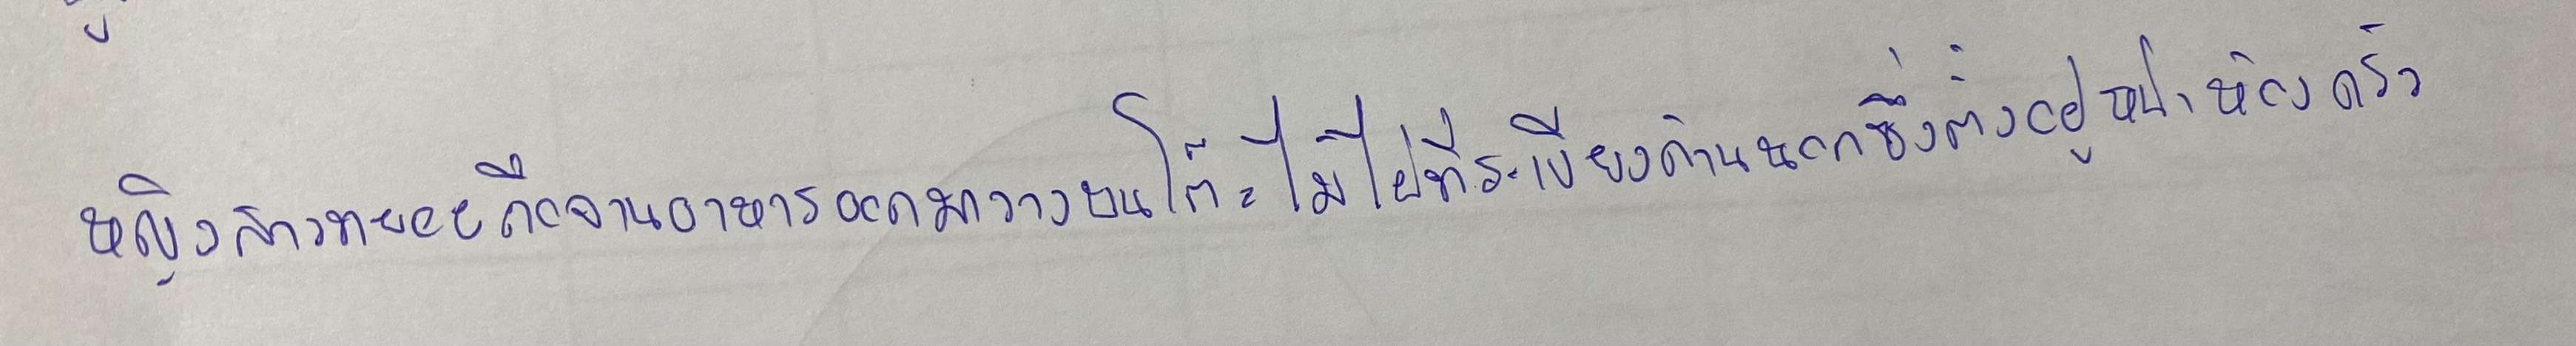
หญิงสาวทยอยถือจานอาหารออกมาวางบนโต๊ะไม้ไผ่ที่ระเบียงด้านนอกซึ่งตั้งอยู่หน้าห้องครัว